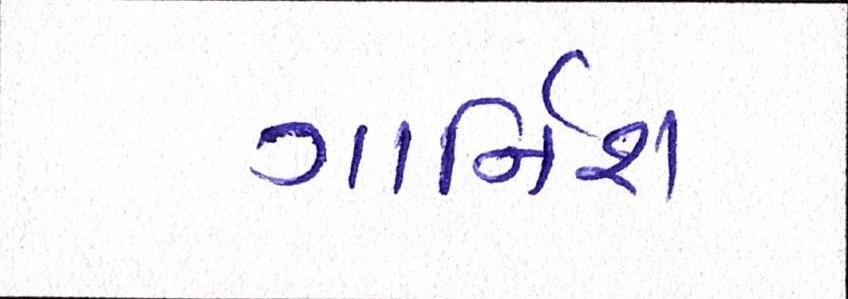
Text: ગાર્નિશ